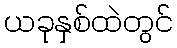
ယခုနှစ်ထဲတွင်